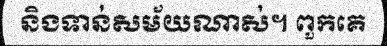
និងទាន់សម័យណាស់។ ពួកគេ